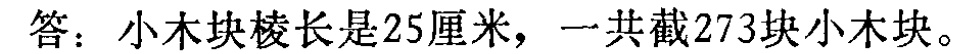
答：小木块棱长是25厘米，一共截273块小木块。